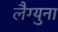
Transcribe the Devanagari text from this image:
लैग्युना